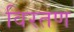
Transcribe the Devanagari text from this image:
विरतण